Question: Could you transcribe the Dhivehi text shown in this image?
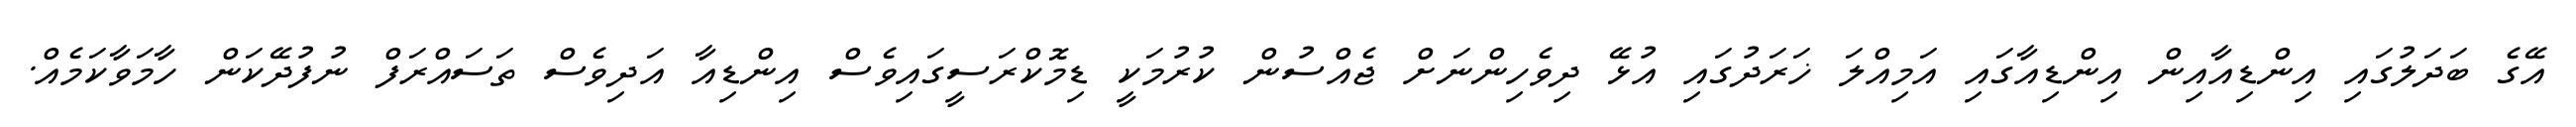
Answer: އޭގެ ބަދަލުގައި އިންޑިއާއިން އިންޑިއާގައި އަމިއްލަ ޚަރަދުގައި އުޅޭ ދިވެހިންނަށް ޖެއްސުން ކުރުމަކީ ޑިމޮކްރަސީގައިވެސް އިންޑިއާ އަދިވެސް ތަސައްރަފް ނުފުދޭކަން ހާމަވާކަމެއް.